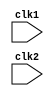
module processor_pipe(clk1,clk2);
input clk1,clk2;
reg [31:0] PC,IF_ID_IR,ID_EX_IR,EX_MEM_IR,MEM_WB_IR,IF_ID_NPC,ID_EX_NPC;
reg [31:0] ID_EX_A,ID_EX_B,EX_MEM_B,ID_EX_Imm;
reg [2:0] ID_EX_type,EX_MEM_type,MEM_WB_type;
parameter ADD=6'b000000,SUB=6'b000001,MUL=6'b000010,SLT=6'b000011,OR=6'b000100,AND=6'b000101,ADI=6'b000110,SUBI=6'b000111,SLTI=6'b001000,LW=6'b001001,SW=6'b001010,BEQZ=6'b001100,BNEQZ=6'b001101,HLT=6'b001110;
parameter RR_ALU=0,RM_ALU=1,LOAD=2,STORE=3,BRANCH=4,HALT=5;
reg [31:0] EX_MEM_ALUout,MEM_WB_ALUout; 
reg [31:0] MEM_WB_LMD;
reg EX_MEM_cond;
reg TAKEN_BRANCH,HALTED;
reg [31:0] Reg [31:0];
reg [31:0] mem [1023:0];
always @ (posedge clk1) //stage IF
begin
 if(HALTED==0)
 begin
  if(((EX_MEM_cond) && (EX_MEM_IR[31:26]==BEQZ))||((EX_MEM_cond==0) && (EX_MEM_IR[31:26]==BNEQZ)))
  begin
   IF_ID_IR<=mem[EX_MEM_ALUout];
   IF_ID_NPC<=EX_MEM_ALUout+1;
   PC<=EX_MEM_ALUout+1;
   TAKEN_BRANCH=1;
  end
  else
  begin
   IF_ID_IR<=mem[PC];
   IF_ID_NPC<=PC+1;
   PC<=PC+1;
  end
 end
end
always @ (posedge clk2) //stage ID
begin
 if(HALTED==0)
 begin
  if(Reg[ID_EX_IR[25:21]]==5'b00000)
      ID_EX_A<=0;
  else
      ID_EX_A<=Reg[IF_ID_IR[25:21]];
  if(Reg[IF_ID_IR[20:16]]==5'b00000)
     ID_EX_B<=0;
  else
     ID_EX_B<=Reg[IF_ID_IR[20:16]];
  
  ID_EX_Imm<={{16{IF_ID_IR[15]}},{IF_ID_IR[15:0]}};
  
  case(IF_ID_IR[31:26])
   ADD,SUB,MUL,SLT,AND,OR: ID_EX_type<=RR_ALU;
   ADI,SUBI,SLTI: ID_EX_type<=RM_ALU;
   LW: ID_EX_type<=LOAD;
   SW: ID_EX_type<=STORE;
   BEQZ,BNEQZ: ID_EX_type<=BRANCH;
   HLT: ID_EX_type<=HALT;
   default:ID_EX_type<=HALT; 
  endcase
  ID_EX_IR<=IF_ID_IR;
 end
 
end
always @ (posedge clk1) //stage EX
begin
 if(HALTED==0)
 begin
  
  case(ID_EX_type)
  RR_ALU:begin
   case(ID_EX_IR[31:26])
   ADD: EX_MEM_ALUout<=ID_EX_A+ID_EX_B;
   SUB: EX_MEM_ALUout<=ID_EX_A-ID_EX_B;
   MUL: EX_MEM_ALUout<=ID_EX_A*ID_EX_B;
   SLT: EX_MEM_ALUout<=(ID_EX_A<ID_EX_B)?1:0;
   AND: EX_MEM_ALUout<=ID_EX_A&ID_EX_B;
   OR: EX_MEM_ALUout<=ID_EX_A|ID_EX_B;
   endcase
  end
  RM_ALU:begin
   case(ID_EX_IR[31:26])
   ADI: EX_MEM_ALUout<=ID_EX_A+ID_EX_Imm;
   SUB: EX_MEM_ALUout<=ID_EX_A-ID_EX_Imm;
   SLTI: EX_MEM_ALUout<=(ID_EX_A<ID_EX_Imm)?1:0;
   endcase
  end
  LOAD,STORE:begin 
   EX_MEM_ALUout<=ID_EX_A+ID_EX_Imm;
  end
  BRANCH:begin EX_MEM_cond<=(ID_EX_A==0); end
 endcase
 EX_MEM_type<=ID_EX_type;
 EX_MEM_IR<=ID_EX_IR;
 end
end
always @ (posedge clk2) //stage MEM
begin
 if(HALTED==0)
 begin
  case(EX_MEM_type)
  LOAD: MEM_WB_LMD<=mem[EX_MEM_ALUout];
  STORE: if(TAKEN_BRANCH==0) mem[EX_MEM_ALUout]<=EX_MEM_B;
  endcase
 MEM_WB_type<=EX_MEM_type;
 MEM_WB_IR<=EX_MEM_IR; 
 end
 
end         
always @ (posedge clk1) //stage WB 
begin
 if(!TAKEN_BRANCH)
 case(MEM_WB_type)
 RR_ALU: Reg[MEM_WB_IR[15:11]]<=MEM_WB_ALUout;
 RM_ALU: Reg[MEM_WB_IR[20:16]]<=MEM_WB_ALUout;
 LOAD:   Reg[MEM_WB_IR[20:16]]<=MEM_WB_LMD;
 HALT:   HALTED<=1'b1;
 endcase
end
endmodule